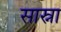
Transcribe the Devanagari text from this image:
सास्ना